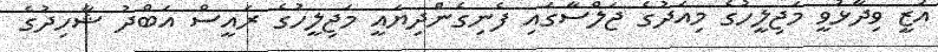
އަޒީ ވިދާޅުވީ މަޖިލީހުގެ މިއަދުގެ ޖަލްސާގައި ފެނިގެންދިޔައީ މަޖިލީހުގެ ރައީސް އަބްދު ޝާހިދުގެ